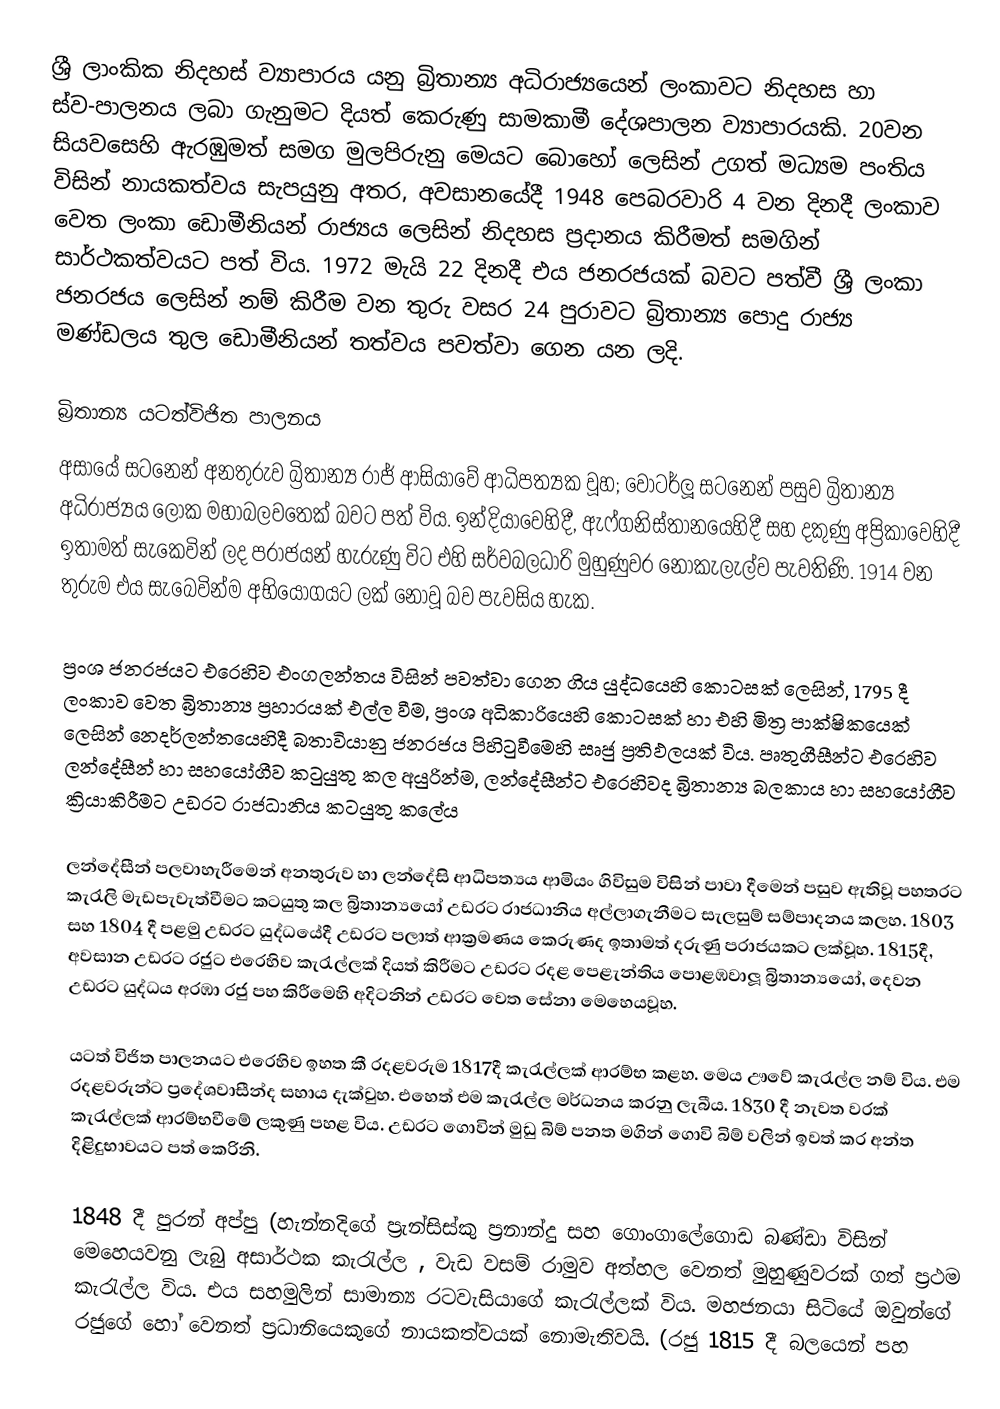
ශ්‍රී ලාංකික නිදහස් ව්‍යාපාරය යනු  බ්‍රිතාන්‍ය අධිරාජ්‍යයෙන් ලංකාවට නිදහස හා ස්ව-පාලනය ලබා ගැනුමට දියත් කෙරුණු සාමකාමී දේශපාලන ව්‍යාපාරයකි. 20වන සියවසෙහි ඇරඹුමත් සමග මුලපිරුනු මෙයට බොහෝ ලෙසින් උගත් මධ්‍යම පංතිය විසින් නායකත්වය සැපයුනු අතර,  අවසානයේදී 1948 පෙබරවාරි 4 වන දිනදී ලංකාව වෙත ලංකා ඩොමීනියන් රාජ්‍යය ලෙසින් නිදහස ප්‍රදානය කිරීමත් සමගින් සාර්ථකත්වයට පත් විය. 1972 මැයි 22 දිනදී එය ජනරජයක් බවට පත්වී ශ්‍රී ලංකා ජනරජය ලෙසින් නම් කිරීම වන තුරු වසර 24 පුරාවට  බ්‍රිතාන්‍ය පොදු රාජ්‍ය මණ්ඩලය තුල ඩොමීනියන් තත්වය පවත්වා ගෙන යන ලදි.

බ්‍රිතාන්‍ය යටත්විජිත පාලනය
 අසායේ සටනෙන් අනතුරුව බ්‍රිතාන්‍ය රාජ් ආසියාවේ ආධිපත්‍යක වූහ; වෝටර්ලූ සටනෙන් පසුව බ්‍රිතාන්‍ය අධිරාජ්‍යය ලෝක මහාබලවතෙක් බවට පත් විය. ඉන්දියාවෙහිදී, ඇෆ්ගනිස්තානයෙහිදී සහ දකුණු අප්‍රිකාවෙහිදී ඉතාමත් සැකෙවින් ලද පරාජයන් හැරුණු විට  එහි සර්වබලධාරි මුහුණුවර නොකැලැල්ව පැවතිණි. 1914 වන තුරුම එය සැබෙවින්ම අභියෝගයට ලක් නොවූ බව පැවසිය හැක.

ප්‍රංශ ජනරජයට එරෙහිව එංගලන්තය විසින් පවත්වා ගෙන ගිය  යුද්ධයෙහි කොටසක් ලෙසින්,  1795 දී  ලංකාව වෙත බ්‍රිතාන්‍ය ප්‍රහාරයක් එල්ල වීම,   ප්‍රංශ අධිකාරියෙහි කොටසක් හා එහි මිත්‍ර පාක්ෂිකයෙක් ලෙසින්  නෙදර්ලන්තයෙහිදී බතාවියානු ජනරජය පිහිටුවීමෙහි සෘජු ප්‍රතිඵලයක් විය. පෘතුගීසීන්ට එරෙහිව ලන්දේසීන් හා සහයෝගීව කටුයුතු කල අයුරින්ම, ලන්දේසීන්ට එරෙහිවද බ්‍රිතාන්‍ය බලකාය හා සහයෝගීව ක්‍රියාකිරීමට උඩරට රාජධානිය කටයුතු කලේය

ලන්දේසීන් පලවාහැරීමෙන් අනතුරුව හා ලන්දේසි ආධිපත්‍යය ආමියං ගිවිසුම විසින් පාවා දීමෙන් පසුව ඇතිවූ පහතරට කැරැලි මැඩපැවැත්වීමට කටයුතු කල බ්‍රිතාන්‍යයෝ උඩරට රාජධානිය අල්ලාගැනීමට සැලසුම් සම්පාදනය කලහ. 1803 සහ 1804 දී  පළමු  උඩරට යුද්ධයේදී උඩරට පලාත් ආක්‍රමණය කෙරුණද ඉතාමත් දරුණු පරාජයකට ලක්වූහ. 1815දී,  අවසාන උඩරට රජුට එරෙහිව කැරැල්ලක් දියත් කිරීමට උඩරට රදළ පෙළැන්තිය පොළඹවාලූ බ්‍රිතාන්‍යයෝ, දෙවන උඩරට යුද්ධය අරඹා රජු පහ කිරීමෙහි අදිටනින් උඩරට වෙත සේනා මෙහෙයවූහ.

යටත් විජිත පාලනයට එරෙහිව ඉහත කී රදළවරුම 1817දී කැරැල්ලක් ආරම්භ කළහ. මෙය ඌවේ කැරැල්ල නම් විය. එම රදළවරුන්ට  ප්‍රදේශවාසීන්ද  සහාය දැක්වුහ. ‍එහෙත් එම කැරැල්ල මර්ධනය කරනු ලැබීය. 1830 දී නැවත වරක් කැරැල්ලක් ආරම්භවීමේ ලකුණු පහළ විය. උඩරට ගොවින් මුඩු බිම් පනත මගින් ගොවි බිම් වලින් ඉවත් කර අන්ත දිළිදුභාවයට පත් කෙරිනි.

1848 දී පුරන් අප්පු (හැන්නදිගේ ප්‍රැන්සිස්කු ප්‍රනාන්දු සහ ගොංගාලේගොඩ බණ්ඩා විසින් මෙහෙයවනු ලැබු අසාර්ථක කැරැල්ල , වැඩ වසම් රාමුව අත්හල වෙනත් මුහුණුවරක් ගත් ප්‍රථම කැරැල්ල විය. එය සහමුලින් සාමාන්‍ය රටවැසියාගේ කැරැල්ලක් විය. මහජනයා සිටියේ ඔවුන්ගේ රජුගේ හෝ වෙනත් ප්‍රධානියෙකුගේ නායකත්වයක් නොමැතිවයි. (රජු 1815 දී බලයෙන් පහ